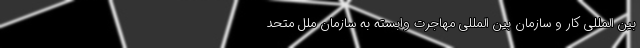
بین المللی کار و سازمان بین المللی مهاجرت وابسته به سازمان ملل متحد